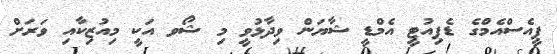
ޕީއެސްއެމްގެ ޑެޕިއުޓީ އެމްޑީ ޝާޔަން ވިދާޅުވީ މި ޝޯވ އަކީ މިއުޒިކާއި ވަރަށް